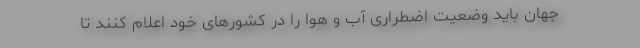
جهان باید وضعیت اضطراری آب و هوا را در کشورهای خود اعلام کنند تا